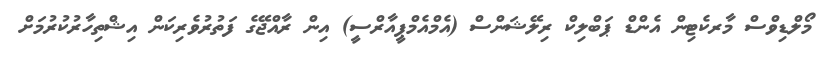
މޯލްޑިވްސް މާރކެޓިން އެންޑް ޕަބްލިކް ރިލޭޝަންސް (އެމްއެމްޕީއާރްސީ) އިން ރާއްޖޭގެ ފަތުރުވެރިކަން އިޝްތިހާރުކުރުމަށް